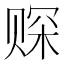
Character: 𫎩